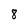
Character: 8